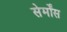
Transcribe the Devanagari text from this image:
सेर्मोंस